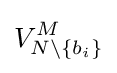
V_{N\setminus \{b_{i}\}}^{M}